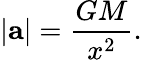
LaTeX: |\mathbf{a}|={\frac{GM}{x^{2}}}.